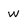
Character: w